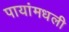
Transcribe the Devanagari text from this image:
पायांमधली